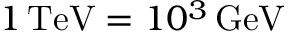
1 \, \mathrm { T e V } = 1 0 ^ { 3 } \, \mathrm { G e V }